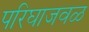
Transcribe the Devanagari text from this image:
परिघाजवळ